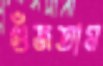
গুঁজতাম